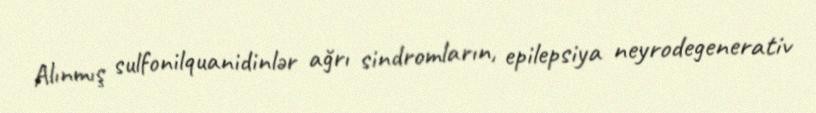
Alınmış sulfonilquanidinlər ağrı sindromların, epilepsiya neyrodegenerativ